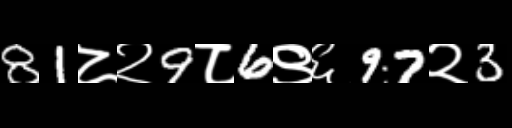
Text: 81८२9८6९६97२3